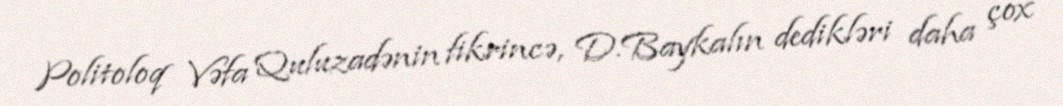
Politoloq Vəfa Quluzadənin fikrincə, D.Baykalın dedikləri daha çox